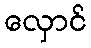
လှောင်